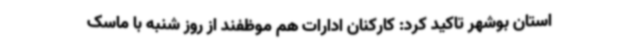
استان بوشهر تاکید کرد: کارکنان ادارات هم موظفند از روز شنبه با ماسک